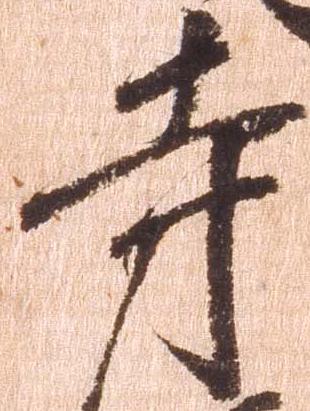
寺